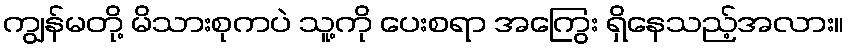
ကျွန်မတို့ မိသားစုကပဲ သူ့ကို ပေးစရာ အကြွေး ရှိနေသည့်အလား။